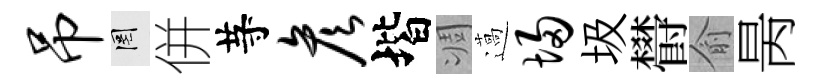
吊罔併䒭彦堦凋薖埽圾欎俞昺